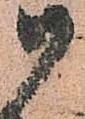
御